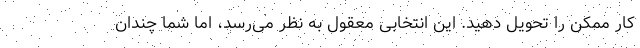
کار ممکن را تحویل دهید. این انتخابی معقول به نظر می‌رسد، اما شما چندان